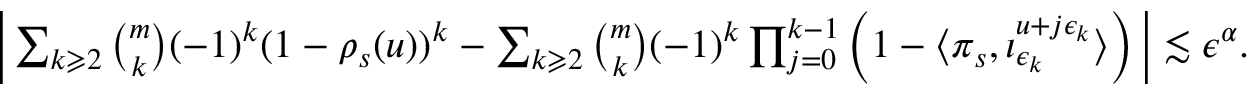
\begin{array} { r } { \bigg | \sum _ { k \geqslant 2 } \binom { m } { k } ( - 1 ) ^ { k } ( 1 - \rho _ { s } ( u ) ) ^ { k } - \sum _ { k \geqslant 2 } \binom { m } { k } ( - 1 ) ^ { k } \prod _ { j = 0 } ^ { k - 1 } \left( 1 - \langle \pi _ { s } , { \iota } _ { \epsilon _ { k } } ^ { u + j \epsilon _ { k } } \rangle \right) \bigg | \lesssim \epsilon ^ { \alpha } . } \end{array}